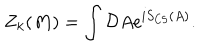
Z _ { k } ( M ) = \int { \cal D } A \mathrm { e } ^ { i S _ { \mathrm { C S } } ( A ) } .